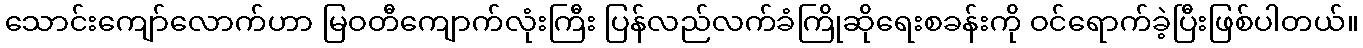
သောင်းကျော်လောက်ဟာ မြဝတီကျောက်လုံးကြီး ပြန်လည်လက်ခံကြိုဆိုရေးစခန်းကို ဝင်ရောက်ခဲ့ပြီးဖြစ်ပါတယ်။